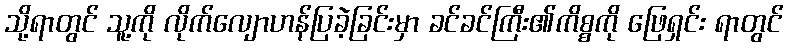
သို့ရာတွင် သူ့ကို လိုက်လျောဟန်ပြခဲ့ခြင်းမှာ ခင်ခင်ကြီး၏ကိစ္စကို ဖြေရှင်း ရာတွင်